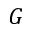
G